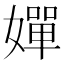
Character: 嬋